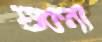
শুকনা